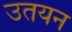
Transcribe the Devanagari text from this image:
उतयन